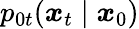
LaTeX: p_{0t}(\boldsymbol{x}_{t}\mid\boldsymbol{x}_{0})